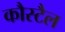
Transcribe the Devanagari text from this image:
कौस्टैल